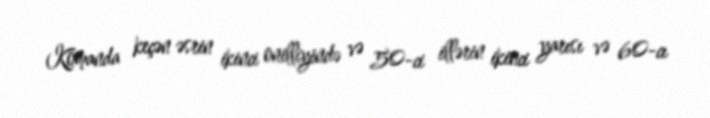
Komanda keçən əsrin ikinci onilliyində və 50-ci illərin ikinci yarısı və 60-cı